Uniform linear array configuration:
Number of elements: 12
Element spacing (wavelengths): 1
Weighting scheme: hann
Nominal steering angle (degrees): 30
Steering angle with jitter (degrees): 31.28
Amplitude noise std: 0.05
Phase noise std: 0.05

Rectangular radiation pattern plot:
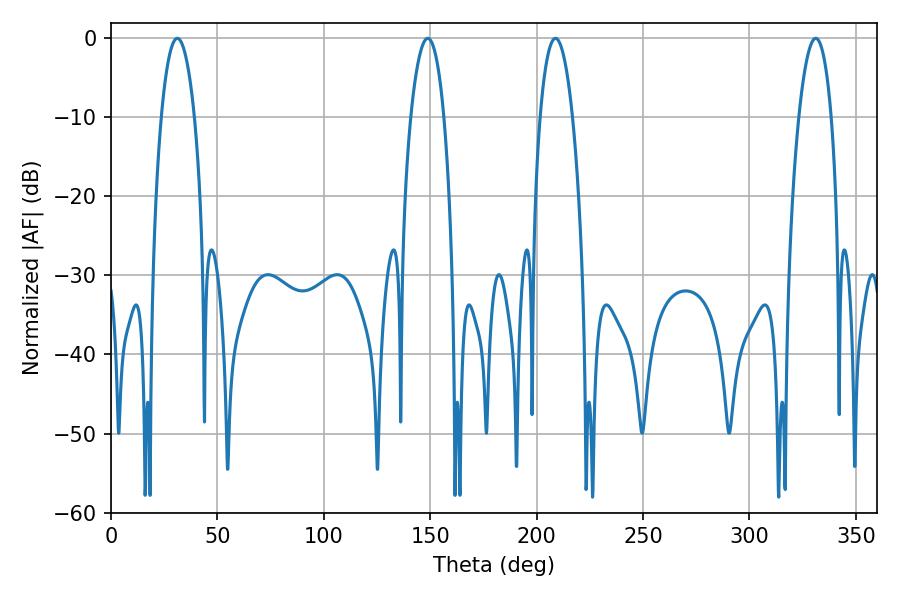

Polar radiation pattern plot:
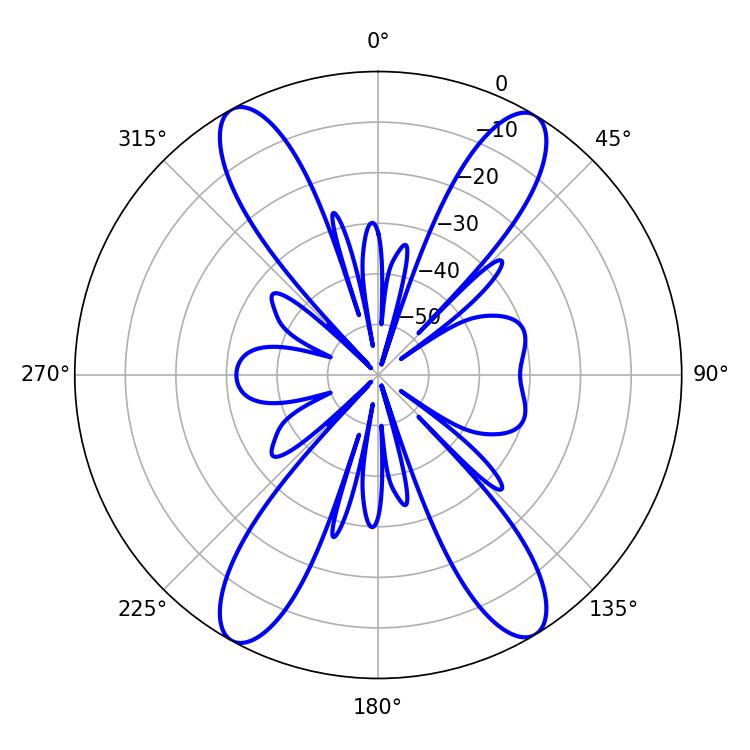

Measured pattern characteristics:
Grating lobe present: TRUE
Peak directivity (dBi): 21.305
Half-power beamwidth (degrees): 8.82
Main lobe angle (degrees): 31.14